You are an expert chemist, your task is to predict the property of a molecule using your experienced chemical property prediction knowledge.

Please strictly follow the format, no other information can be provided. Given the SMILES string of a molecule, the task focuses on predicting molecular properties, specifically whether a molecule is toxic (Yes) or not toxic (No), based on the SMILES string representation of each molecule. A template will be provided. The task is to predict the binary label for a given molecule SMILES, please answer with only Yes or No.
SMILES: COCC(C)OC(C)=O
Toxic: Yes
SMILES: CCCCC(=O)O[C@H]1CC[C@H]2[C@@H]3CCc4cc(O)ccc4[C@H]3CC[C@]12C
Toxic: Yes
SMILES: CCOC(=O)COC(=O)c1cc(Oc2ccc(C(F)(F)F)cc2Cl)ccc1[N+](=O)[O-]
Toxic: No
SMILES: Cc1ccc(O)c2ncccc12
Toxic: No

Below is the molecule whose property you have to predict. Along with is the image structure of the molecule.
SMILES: O=S(=O)([O-])NC1CCCCC1
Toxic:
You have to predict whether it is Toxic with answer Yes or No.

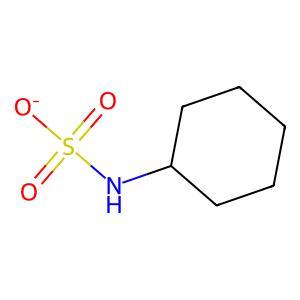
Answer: No